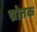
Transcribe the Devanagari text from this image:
द्मोतक